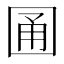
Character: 𡇮